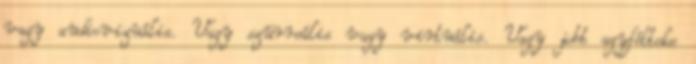
vagy audiovizuális. Vagy szürreális vagy virtuális. Vagy jobb agyfélteke